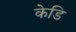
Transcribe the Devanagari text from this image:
केडि